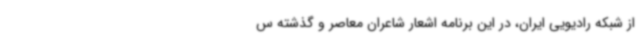
از شبکه رادیویی ایران، در این برنامه اشعار شاعران معاصر و گذشته س